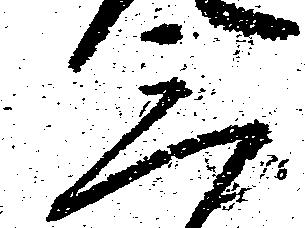
三